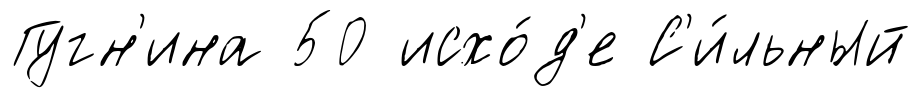
Гугн'ина 50 исхо́д'е С'и́льный